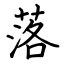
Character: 落